Civil Veterinary Department Bihar & Orissa reports 1929-36 - 1929-1936
Year: 1929
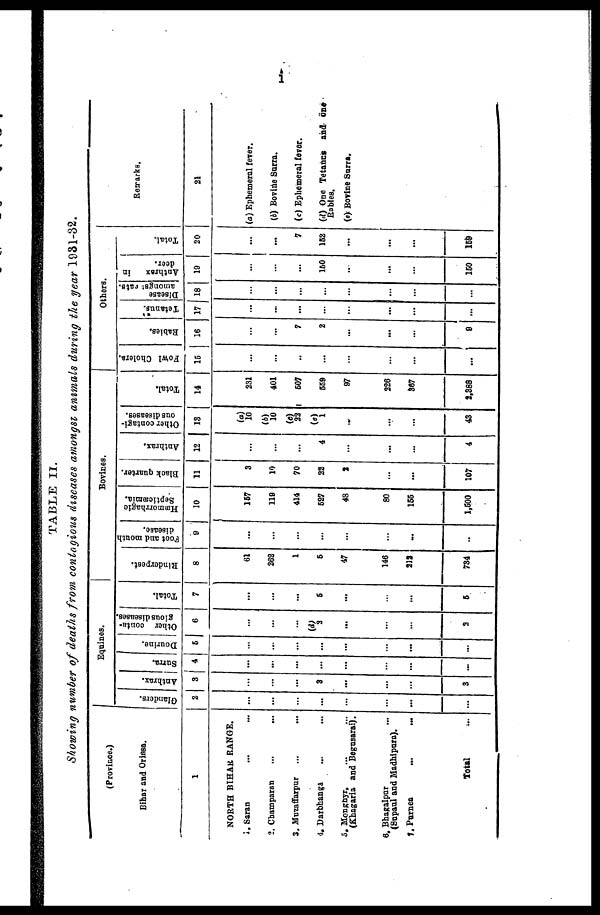
i
TABLE II.
Showing number of deaths from contagious diseases amongst animals during the year 1931-32.
(Province.)
Bihar and Orissa.
1
NORTH BIHAR RANGE.
1. Saran
...
...
2. Champaran ... ...
3. Muzaffarpur
... ...
4.
Darbhanga
...
...
3. Monghyr ... ...
(Khagaria and Begusarai).
6. Bhagalpur ...
(Supaul and Madhipura).
7. Purnea
...
...
Total ...
Equines.
Glanders.
2
...
...
...
...
...
...
...
...
Anthrax.
3
...
...
...
3
...
...
...
3
Sana.
4
...
-
...
...
...
...
...
...
Dourine.
6
...
...
...
...
...
...
...
...
Other conta-
gious diseases.
8
...
...
...
(d)
a
...
...
...
2
Total.
7
...
...
...
6
...
...
...
5
Bovines.
Rinderpest.
8
61
262
1
5
47
146
212
734
Foot and mouth
disease.
9
...
...
...
...
...
...
...
...
Hæmorrhagic
Septicæmia.
10
167
118
414
6S7
48
80
166
1,600
Black quarter.
11
3
10
70
22
2
...
...
107
Anthrax.
12
...
...
...
4
...
...
~
4
Other contagi-
ous
diseases.
13
(a)
10
(b)
10
(e)
22
(e)
1
...
...
...
48
Total.
14
231
401
607
66S
97
226
367
2,288
Others.
Fowl Cholera.
16
...
...
..
...
...
...
...
...
Rabies.
16
...
7
2
...
...
...
9
Tetanus.
17
...
...
...
...
...
...
...
...
Disease
amongst eats.
18
...
...
...
...
...
...
...
...
Anthrax in
deer.
19
...
...
...
160
...
...
160
Total.
20
-
...
7
162
...
...
169
Remarks.
21
(a) Ephemeral fever.
(b) Bovine Surra.
(c) Ephemeral fever.
(d) One Tetancs and one
Rabies.
(e) Bovine Surra.